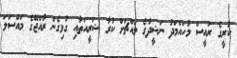
ކުރީގެ ރައީސް މުހައްމަދު ނަޝީދުގެ މައްޗަށް ކުރާ ޝަރީއަތާއި ގުޅިގެން ރާއްޖޭގެ މައްސަލަ